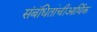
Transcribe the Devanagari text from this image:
संबंधितांचीआर्थिक